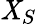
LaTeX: \mathit{X}_{S}